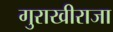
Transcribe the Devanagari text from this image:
गुराखीराजा